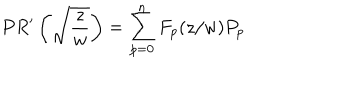
P R ^ { \prime } \left( \sqrt { \frac { z } { w } } \right) = \sum _ { p = 0 } ^ { n } F _ { p } ( z / w ) P _ { p }